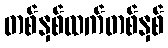
တစ်နှစ်ထက်တစ်နှစ်